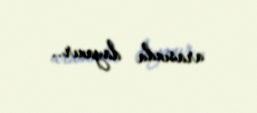
arasında dayanır..